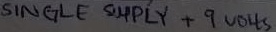
Text: SINGLE SUPPLY +9VOLTS